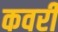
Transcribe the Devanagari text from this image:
कवरी